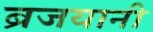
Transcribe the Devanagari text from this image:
ब्रजयानी